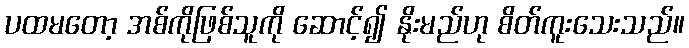
ပထမတော့ အစ်ကိုဖြစ်သူကို ဆောင့်၍ နိုးမည်ဟု စိတ်ကူးသေးသည်။